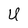
Character: U